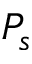
P _ { s }